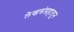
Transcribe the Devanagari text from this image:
लेखसंग्रहातून